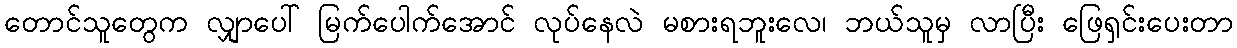
တောင်သူတွေက လျှာပေါ် မြက်ပေါက်အောင် လုပ်နေလဲ မစားရဘူးလေ၊ ဘယ်သူမှ လာပြီး ဖြေရှင်းပေးတာ